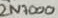
Text: 2N7000